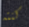
كنته